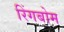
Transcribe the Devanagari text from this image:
रिंगबोम